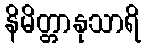
နိမိတ္တာနုသာရိ